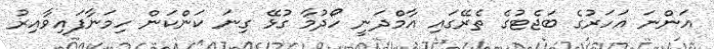
އަންނަ އަހަރުގެ ބަޖެޓުގެ ތެރޭގައި އާމްދަނީ ހޯދުމާ ގުޅޭ ގިނަ ކަންކަން ހިމަނާފައިވާއިރު